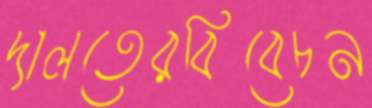
দালতেরবিবেচন